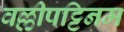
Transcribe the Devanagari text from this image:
वल्लीपट्टिनम